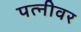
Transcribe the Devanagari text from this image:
पत्‍नीवर